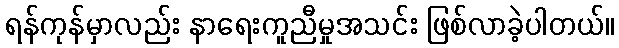
ရန်ကုန်မှာလည်း နာရေးကူညီမှုအသင်း ဖြစ်လာခဲ့ပါတယ်။